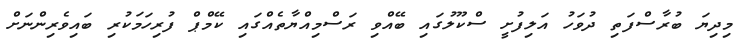
މިދިޔަ ބުރާސްފަތި ދުވަހު އަލިފުށީ ސްކޫލުގައި ބޭއްވި ރަސްމިއްޔާތެއްގައި ކޭމްޕް ފުރިހަމަކުރި ބައިވެރިންނަށް